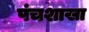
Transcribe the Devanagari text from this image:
पंचशाखा